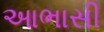
આભાસી